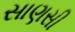
સાણસી